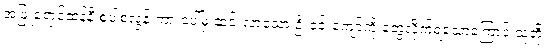
အဖြူရောင်ဆန်နီ စူပါစလွန်းကားပေါ်မှ ဆင်းလာသော ဦးဝင်းကျော်ကို တွေ့လိုက်ရသောကြောင့် သူတို့